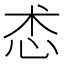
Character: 怸